Vaccine operations Central Provinces 1886-1899 - 1886-1899
Year: 1886
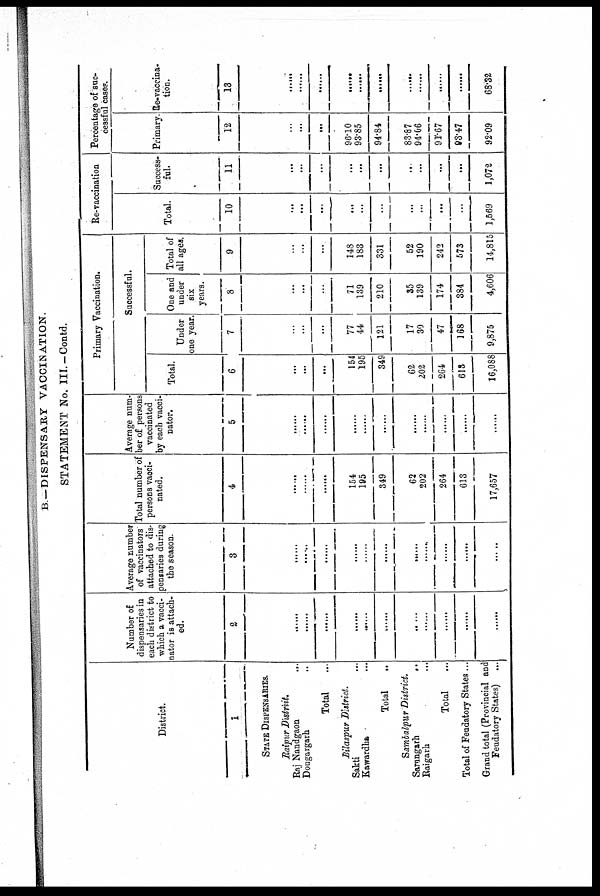
B.—DISPENSARY VACCINATION.
STATEMENT No. III.—Contd.
District.
1
STATE DISPENSARIES.
Raipur District.
Raj Nandgaon …
Dongargarh …
Total …
Bilaspur
District.
Sakti …
Kawardha …
Total …
Sambalpur District.
Sarangarh
...
Raigarh …
Total …
Total of Feudatory States ...
Grand total (Provincial and
Feudatory States) ...
Number of
dispensaries in
each district to
which a vacci-
nator is attach-
ed.
2
……
……
……
……
......
……
......
……
……
……
Average number
of vaccinators
attached to dis-
pensaries during
the season.
3
……
...…
……
……
……
……
……
……
……
……
......
Total number of
persons vacci-
nated.
4
……
……
……
154
195
349
62
202
264
613
17,657
Average num-
ber of persons
vaccinated
by each vacci-
nator.
5
……
……
……
……
……
……
……
……
……
……
……
Primary Vaccination.
Successful.
Total.
6
...
...
...
154
195
349
62
202
264
613
16,088
Under
one year.
7
...
...
...
77
44
121
17
30
47
168
9,875
One and
under
six
years.
8
...
...
...
71
139
210
35
139
174
384
4,606
Total of
all ages.
9
...
...
...
148
183
331
52
190
242
573
14,815
Re-vaccination
Total.
10
...
...
...
...
...
...
...
...
...
...
1,569
Success-
ful.
11
...
…
…
...
...
...
...
...
...
…
1,072
Percentage of suc-
cessful cases.
Primary
12
...
...
...
96.10
93.85
94.84
83.87
94.06
91.67
93.47
92.09
Re-vaccina¬
tion.
13
……
……
……
...…
……
……
......
……
……
……
68.32